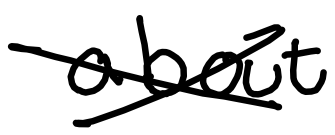
Text: about
Cross-out: cross
Writing tool: digital_black